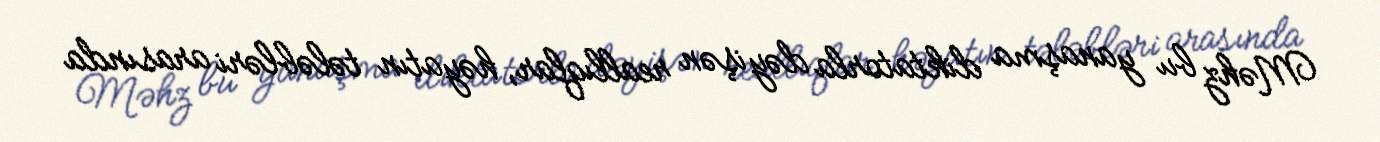
Məhz bu yanaşma diktatorla dəyişən reallıqlar, həyatın tələbləri arasında